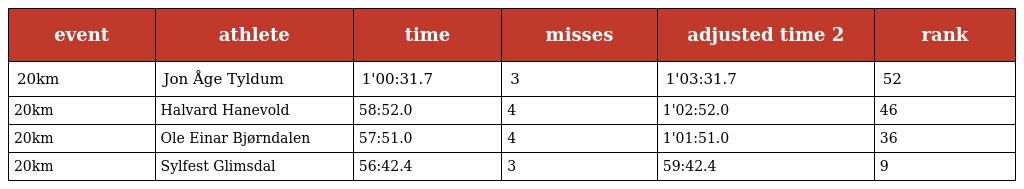
| event | athlete | time | misses | adjusted time 2 | rank |
 | --- | --- | --- | --- | --- | --- |
 | 20km | Jon Åge Tyldum | 1'00:31.7 | 3 | 1'03:31.7 | 52 |
 | 20km | Halvard Hanevold | 58:52.0 | 4 | 1'02:52.0 | 46 |
 | 20km | Ole Einar Bjørndalen | 57:51.0 | 4 | 1'01:51.0 | 36 |
 | 20km | Sylfest Glimsdal | 56:42.4 | 3 | 59:42.4 | 9 |